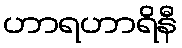
ဟာရဟာရိနီ